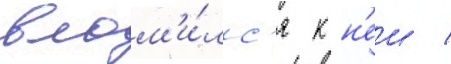
влом'и́лс'я к н'еи /